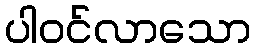
ပါဝင်လာသော